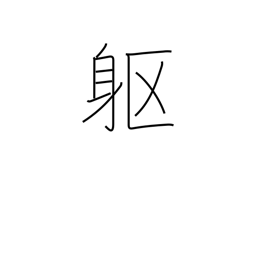
Meaning: corpse